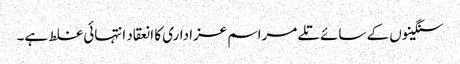
سنگینوں کے سائے تلے مراسم عزاداری کا انعقاد انتہائی غلط ہے۔